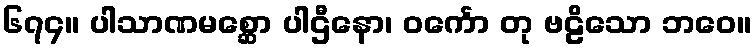
၆၇၄။ ပါသာဏမစ္ဆော ပါဌီနော၊ ဝင်္ကော တု ဗဠိသော ဘဝေ။